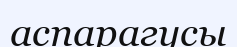
аспарагусы